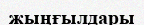
жыңғылдары